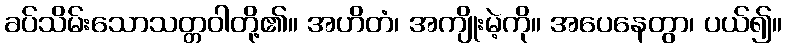
ခပ်သိမ်းသောသတ္တဝါတို့၏။ အဟိတံ၊ အကျိုးမဲ့ကို။ အပေနေတွာ၊ ပယ်၍။